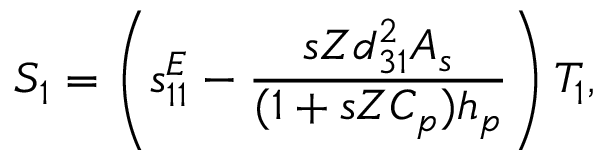
S _ { 1 } = \left( s _ { 1 1 } ^ { E } - \frac { s Z d _ { 3 1 } ^ { 2 } A _ { s } } { ( 1 + s Z C _ { p } ) h _ { p } } \right) T _ { 1 } ,